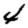
Digit: 4